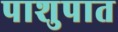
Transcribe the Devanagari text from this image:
पाशुपात